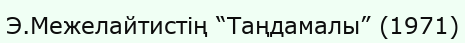
Э.Межелайтистің “Таңдамалы” (1971)